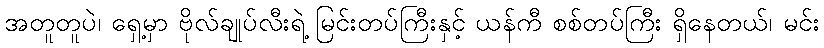
အတူတူပဲ၊ ရှေ့မှာ ဗိုလ်ချုပ်လီးရဲ့ မြင်းတပ်ကြီးနှင့် ယန်ကီ စစ်တပ်ကြီး ရှိနေတယ်၊ မင်း